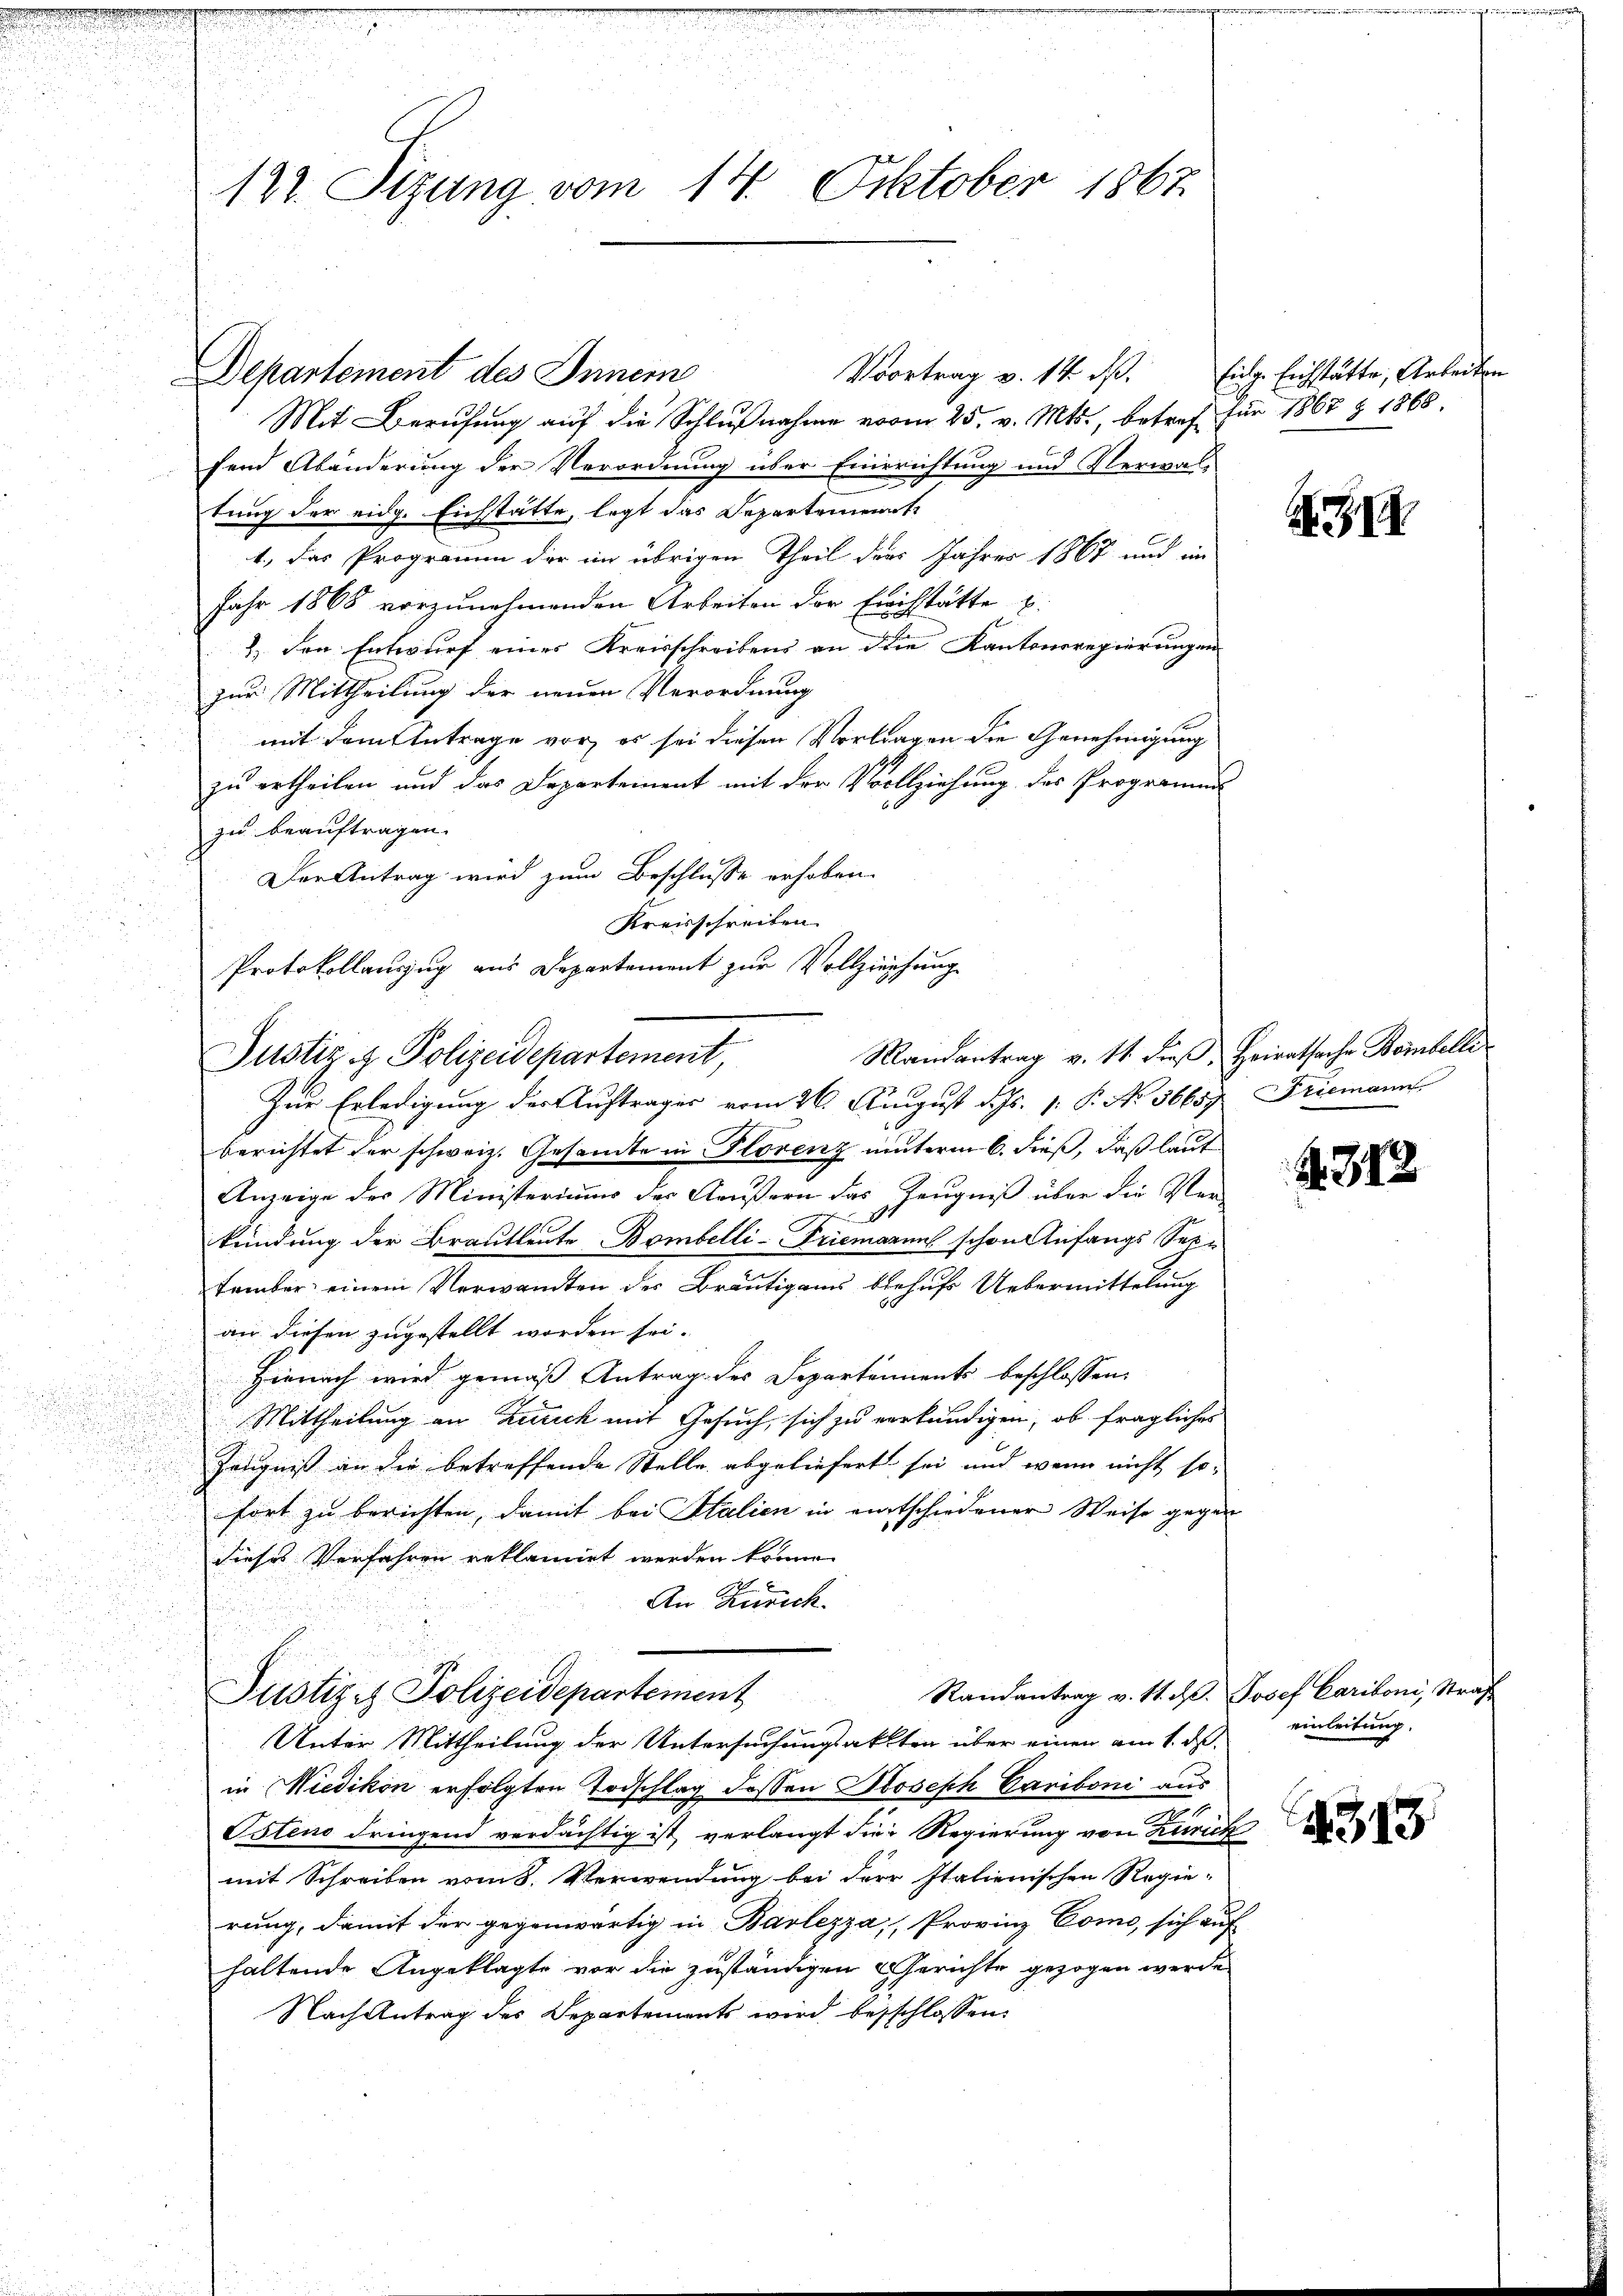
i

127. Sizung vom 14. Oktober 1867

Departement des Innem
Mit Berufung auf die Schlußnahme vom 25. v. Mts., betref für 1867 § 1865.
fend Abänderung der Verordnung über Einrichtung und Verwaltung der eidg. Eichstätte, legt das Departement¬
1., das Programm der im übrigen Theil der Jahres 1867 und ein
Jahr 1868 vorzunehmenden Arbeiten der Eichstätte u.
2.) den Entwurf eines Kreisschreibens an die Kantonsregierungen
zur Mittheilung der neuen Verordnung
mit dem Antrage vor, es sei diesen Vorlagen die Genehmigung
zu ertheilen und das Departement mit der Vollziehung des Programm
zu beauftragen.
Der Antrag wird zum Beschlusse erhoben.
Kreisschreiben.
Protokollauszug aus Departement zur Vollziehung

Mandantrag v. 11. dieß, Heiratsache Bombelli
Justiz & Polizeidepartement,

m

Zur Erledigung der Auftrages vom 26. August d. Js. p. P. No. 56657 Friemann
berichtet der schweiz. Gesandte in Florenz unterm 6. dieß, daß laut
Anzeige der Ministeriums des Aeußern das Zeugniß über die Ver-
.
kündung der Brautleute Bombelli-Friemannes schon Anfangs Seetember einem Verwandten der Bräutigams behufs Uebermittelung
an diesen zugestellt worden sei.
Hienach wird gemäß Antrag des Departements beschlossen:
Mittheilung an Zusick mit Gesuch, sich zu verkündigen, ob fragliches
Zeugniß an die betreffende Stelle abgeliefert sei, und wenn nicht so-
fort zu berichten, damit bei Stalien in eintschiedener Weise gegen
dieses Verfahren reklamirt werden könne.
An Zürich.
Randantrag v. 11. d. Josef Cariboni, Straf
Justiz & Polizeidepartement
Unter Mittheilung der Untersuchungsakten über einen am 1. ds.
in Wiedikon erfolgten Todschlag dessen Joseph Cariboni aus
Ostens dringend verdächtig ist verlangt die Regierung von Zürich
mit Schreiben vom 8. Verwendung bei der Italienischen Regie-
rung, damit der gegenwärtig in Baslezza, Provinz Como, sich auf
haltende Angeklagte vor die zuständigen Gerichte gezogen werde.
Nach Antrag des Departements wird besschlossen:

Voortrag v. 14. d. Eidg. Eichstätte, Arbeiten

1

M. 882

einleitung.